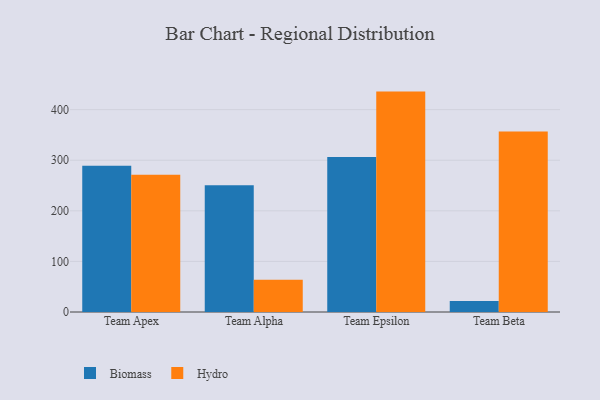
{"axis": {"x": "Team", "y": "Latency (ms)"}, "legend": ["Biomass", "Hydro"], "data": [{"x": "Team Apex", "y": 289.0, "type": "Biomass"}, {"x": "Team Apex", "y": 271.4, "type": "Hydro"}, {"x": "Team Alpha", "y": 250.5, "type": "Biomass"}, {"x": "Team Alpha", "y": 63.8, "type": "Hydro"}, {"x": "Team Epsilon", "y": 306.6, "type": "Biomass"}, {"x": "Team Epsilon", "y": 435.7, "type": "Hydro"}, {"x": "Team Beta", "y": 21.7, "type": "Biomass"}, {"x": "Team Beta", "y": 356.7, "type": "Hydro"}]}